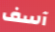
آسف